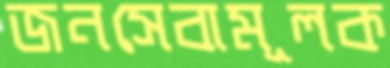
জনসেবামূলক